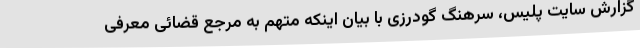
گزارش سایت پلیس، سرهنگ گودرزی با بیان اینکه متهم به مرجع قضائی معرفی